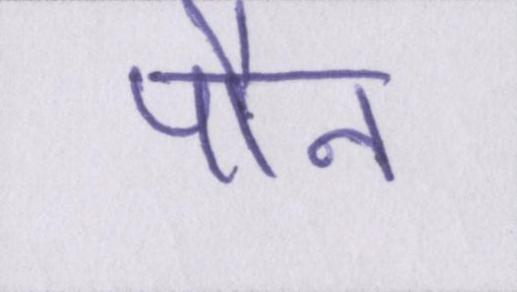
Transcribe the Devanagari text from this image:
पौन